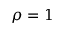
\rho = 1